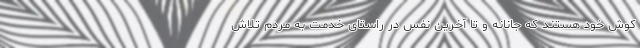
کوش خود هستند که جانانه و تا آخرین نفس در راستای خدمت به مردم تلاش